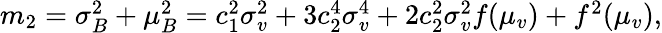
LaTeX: \begin{array}{r}{m_{2}=\sigma_{B}^{2}+\mu_{B}^{2}=c_{1}^{2}\sigma_{v}^{2}+3c_{2}^{4}\sigma_{v}^{4}+2c_{2}^{2}\sigma_{v}^{2}f(\mu_{v})+f^{2}(\mu_{v}),}\end{array}